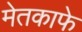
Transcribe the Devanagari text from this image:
मेतकाफे